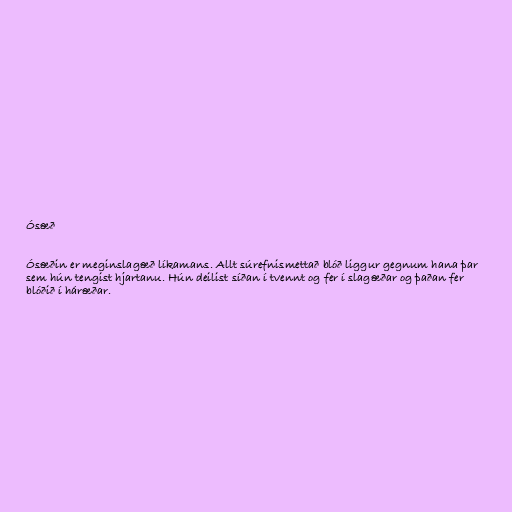
Ósæð

Ósæðin er meginslagæð líkamans. Allt súrefnismettað blóð liggur gegnum hana þar
sem hún tengist hjartanu. Hún deilist síðan í tvennt og fer í slagæðar og þaðan fer
blóðið í háræðar.